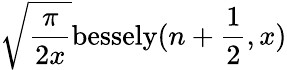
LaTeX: \sqrt{\frac{\pi}{2x}}\mathrm{bessely}(n+\frac{1}{2},x)